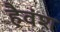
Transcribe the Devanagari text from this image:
हैवंश